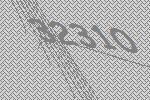
32310